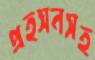
প্রহসনসহ